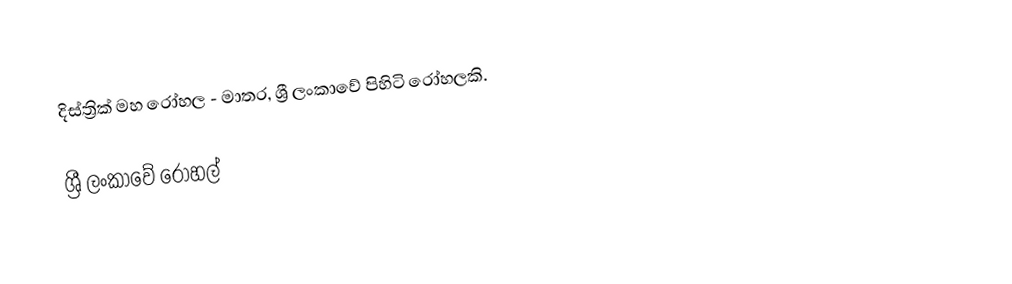
දිස්ත්‍රික් මහ රෝහල - මාතර, ශ්‍රී ලංකාවේ පිහිටි රෝහලකි.

ශ්‍රී ලංකාවේ රෝහල්